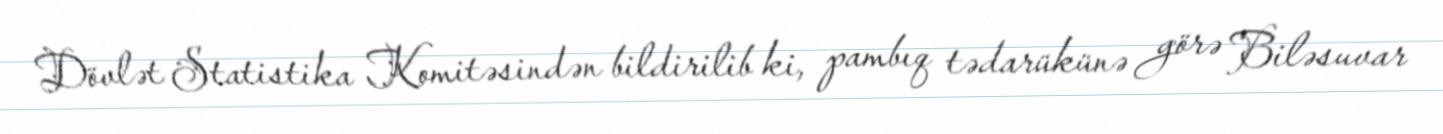
Dövlət Statistika Komitəsindən bildirilib ki, pambıq tədarükünə görə Biləsuvar